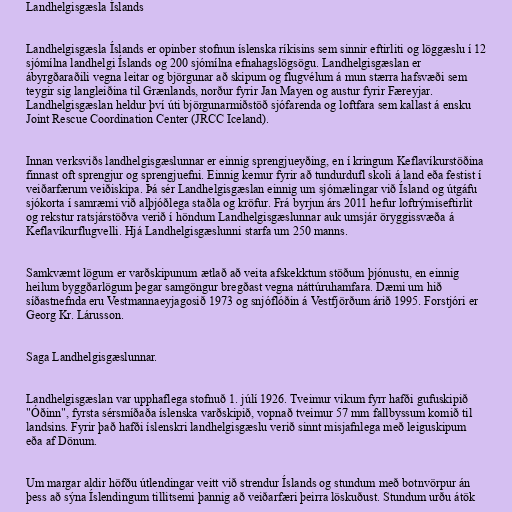
Landhelgisgæsla Íslands

Landhelgisgæsla Íslands er opinber stofnun íslenska ríkisins sem sinnir eftirliti og löggæslu í 12
sjómílna landhelgi Íslands og 200 sjómílna efnahagslögsögu. Landhelgisgæslan er
ábyrgðaraðili vegna leitar og björgunar að skipum og flugvélum á mun stærra hafsvæði sem
teygir sig langleiðina til Grænlands, norður fyrir Jan Mayen og austur fyrir Færeyjar.
Landhelgisgæslan heldur því úti björgunarmiðstöð sjófarenda og loftfara sem kallast á ensku
Joint Rescue Coordination Center (JRCC Iceland).

Innan verksviðs landhelgisgæslunnar er einnig sprengjueyðing, en í kringum Keflavíkurstöðina
finnast oft sprengjur og sprengjuefni. Einnig kemur fyrir að tundurdufl skoli á land eða festist í
veiðarfærum veiðiskipa. Þá sér Landhelgisgæslan einnig um sjómælingar við Ísland og útgáfu
sjókorta í samræmi við alþjóðlega staðla og kröfur. Frá byrjun árs 2011 hefur loftrýmiseftirlit
og rekstur ratsjárstöðva verið í höndum Landhelgisgæslunnar auk umsjár öryggissvæða á
Keflavíkurflugvelli. Hjá Landhelgisgæslunni starfa um 250 manns.

Samkvæmt lögum er varðskipunum ætlað að veita afskekktum stöðum þjónustu, en einnig
heilum byggðarlögum þegar samgöngur bregðast vegna náttúruhamfara. Dæmi um hið
síðastnefnda eru Vestmannaeyjagosið 1973 og snjóflóðin á Vestfjörðum árið 1995. Forstjóri er
Georg Kr. Lárusson.

Saga Landhelgisgæslunnar.

Landhelgisgæslan var upphaflega stofnuð 1. júlí 1926. Tveimur vikum fyrr hafði gufuskipið
"Óðinn", fyrsta sérsmíðaða íslenska varðskipið, vopnað tveimur 57 mm fallbyssum komið til
landsins. Fyrir það hafði íslenskri landhelgisgæslu verið sinnt misjafnlega með leiguskipum
eða af Dönum.

Um margar aldir höfðu útlendingar veitt við strendur Íslands og stundum með botnvörpur án
þess að sýna Íslendingum tillitsemi þannig að veiðarfæri þeirra löskuðust. Stundum urðu átök